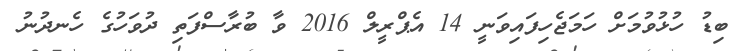
ބިޑު ހުޅުވުމަށް ހަމަޖެހިފައިވަނީ 14 އެޕްރީލް 2016 ވާ ބުރާސްފަތި ދުވަހުގެ ހެނދުނު